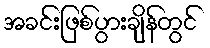
အခင်းဖြစ်ပွားချိန်တွင်